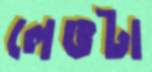
লেঙটা